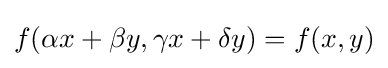
f(\alpha x+\beta y,\gamma x+\delta y)=f(x,y)